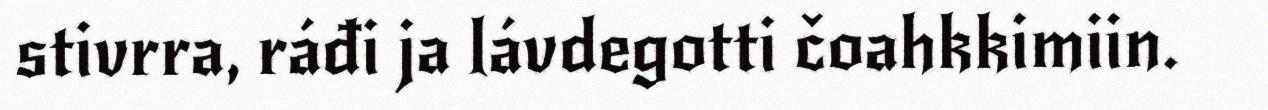
stivrra, ráđi ja lávdegotti čoahkkimiin.